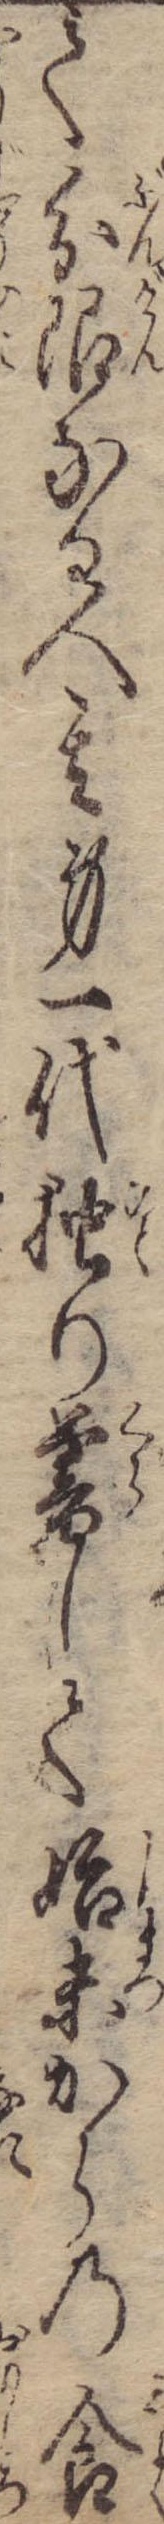
て分限なる人其身一代独り暮して始末からの食